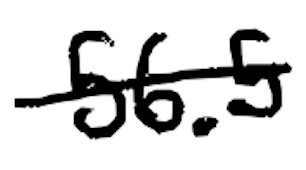
Text: 56.5
Cross-out: single-line
Writing tool: digital_black